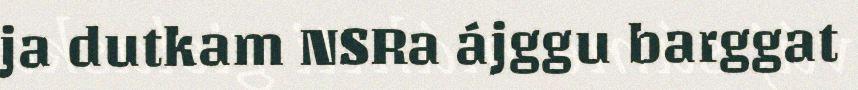
ja dutkam NSRa ájggu barggat